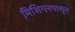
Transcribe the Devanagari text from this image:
मिशिगनपासून